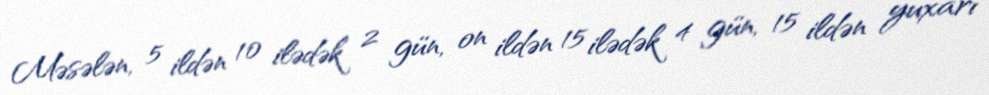
Məsələn, 5 ildən 10 ilədək 2 gün, on ildən 15 ilədək 4 gün, 15 ildən yuxarı